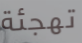
تهجئة